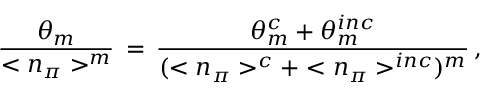
\frac { \theta _ { m } } { < n _ { \pi } > ^ { m } } \, = \, \frac { \theta _ { m } ^ { c } + \theta _ { m } ^ { i n c } } { ( < n _ { \pi } > ^ { c } + < n _ { \pi } > ^ { i n c } ) ^ { m } } \, ,